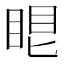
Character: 𥆢